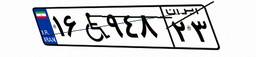
۱۶W۹۴۸۲۳